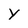
Character: Y